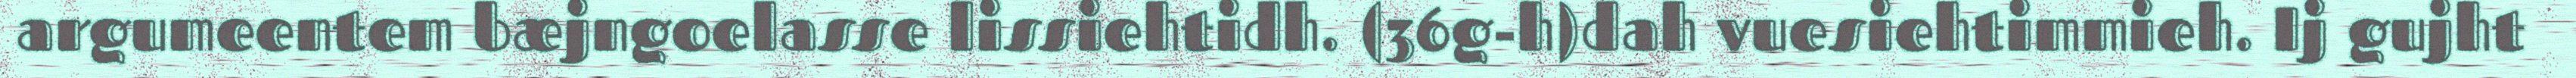
argumeentem bæjngoelasse lissiehtidh. (36g-h)dah vuesiehtimmieh. Ij gujht